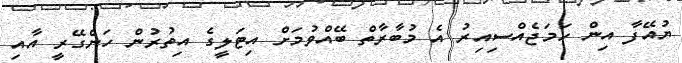
ޔުއޭފާ އިން ހަމަޖެއްސިއިރު އެ މުބާރާތް ބޭއްވުމަށް އިޓަލީގެ އިތުރުން ހަންގޭރީ އާއި